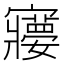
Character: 𡫽